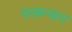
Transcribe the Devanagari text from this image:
परबन्धन